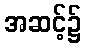
အဆင့်၌